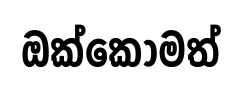
ඔක්කොමත්